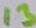
Text: 13